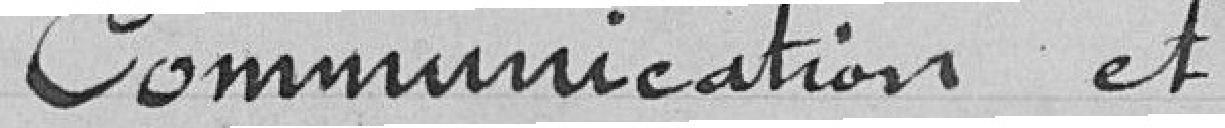
Communication et